Papers set at the Examination for Leaving Certificates, 1891
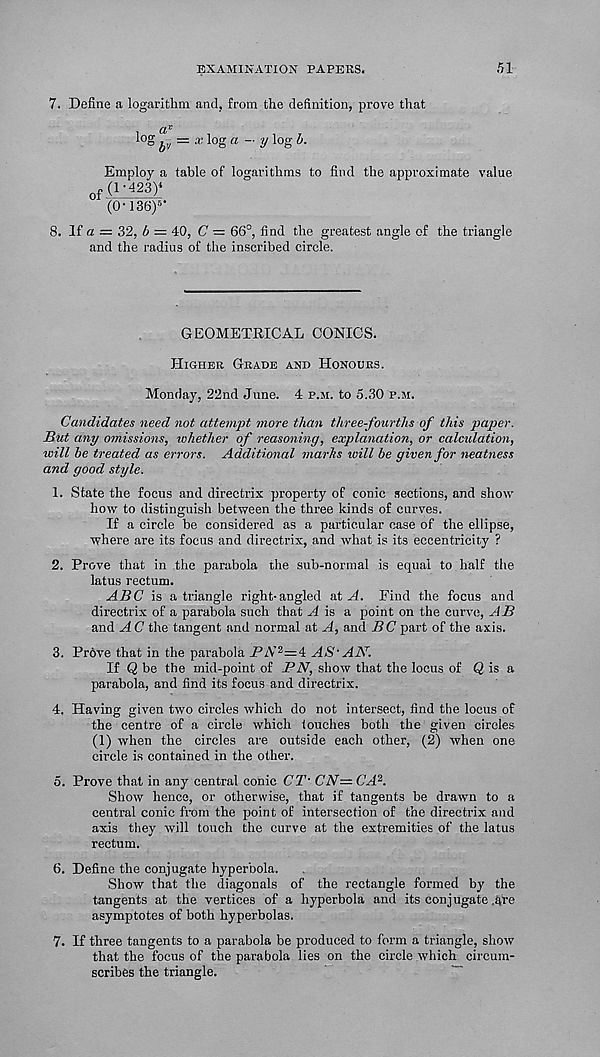
EXAMINATION PAPERS.
51
7. Define a logarithm and, from the definition, prove that
qV
log ii' = x log a ~y log h -
Employ a table of logarithms to find the approximate value
of ( 1 ' 423 ) <
(O' 136) 5 ‘
8. If a = 32, b = 40, C — 66°, find the greatest angle of the triangle
and the radius of the inscribed circle.
GEOMETRICAL CONICS.
Higher Grade and Honours.
Monday, 22nd June. 4 p.m. to 5.30 p.m.
Candidates need not attempt more than three-fourths of this paper.
But any omissions, whether of reasoning, explanation, or calculation,
will be treated as errors. Additional marhs will be given for neatness
and good style.
1. State the focus and directrix property of conic sections, and show
how to distinguish between the three kinds of curves.
If a circle he considered as a particular case of the ellipse,
where are its focus and directrix, and what is its eccentricity ?
2. Prove that in the parabola the sub-normal is equal to half the
latus rectum.
ABC is a triangle right-angled at A. Find the focus and
directrix of a parabola such that A is a point on the curve, AB
and A C the tangent and normal at A, and BC part of the axis.
3. Prove that in the parabola _PA’ 2 =4 AS' AN.
If Q be the mid-point of PN, show that the locus of Q is a
parabola, and find its focus and directrix.
4. Having given two circles which do not intersect, find the locus of
the centre of a circle which touches both the given circles
(1) when the circles are outside each other, (2) when one
circle is contained in the other.
5. Prove that in any central conic CT' CN— CA 2 .
Show hence, or otherwise, that if tangents be drawn to a
central conic from the point of intersection of the directrix and
axis they will touch the curve at the extremities of the latus
rectum.
6. Define the conjugate hyperbola.
Show that the diagonals of the rectangle formed by the
tangents at the vertices of a hyperbola and its conjugate ,4re
asymptotes of both hyperbolas.
7. If three tangents to a parabola be produced to form a triangle, show
that the focus of the parabola lies on the circle which circum-
scribes the triangle.